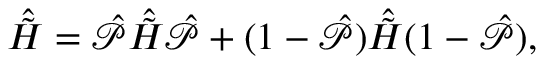
\hat { \tilde { H } } = \hat { \mathcal { P } } \hat { \tilde { H } } \hat { \mathcal { P } } + ( 1 - \hat { \mathcal { P } } ) \hat { \tilde { H } } ( 1 - \hat { \mathcal { P } } ) ,